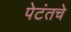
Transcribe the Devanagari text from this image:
पेटंतचे